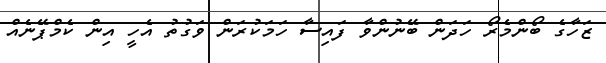
ޒަހާގެ ބޯންމެރޯ ހަދަން ބޭނުންވާ ފައިސާ ހަމަކުރަން ވަގުތު އެހީ އިން ކެމްޕޭނެއް